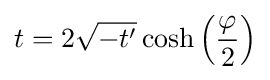
t=2{\sqrt {-t'}}\cosh \left({\frac {\varphi }{2}}\right)